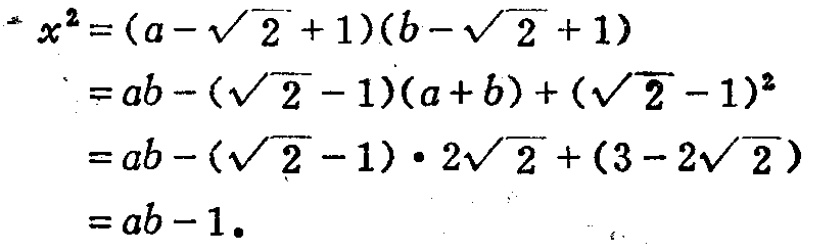
\[
\begin{align*}
x^{2}&=(a - \sqrt{2}+1)(b - \sqrt{2}+1)\\
&=ab-(\sqrt{2}-1)(a + b)+(\sqrt{2}-1)^{2}\\
&=ab-(\sqrt{2}-1)\cdot2\sqrt{2}+(3 - 2\sqrt{2})\\
&=ab - 1.
\end{align*}
\]